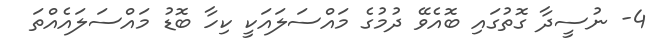
4- ނުސީދާ ގޮތުގައި ބޮއެވޭ ދުމުގެ މައްސަލައަކީ ކިހާ ބޮޑު މައްސަލައެއްތަ